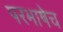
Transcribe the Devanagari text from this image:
परभाषेच